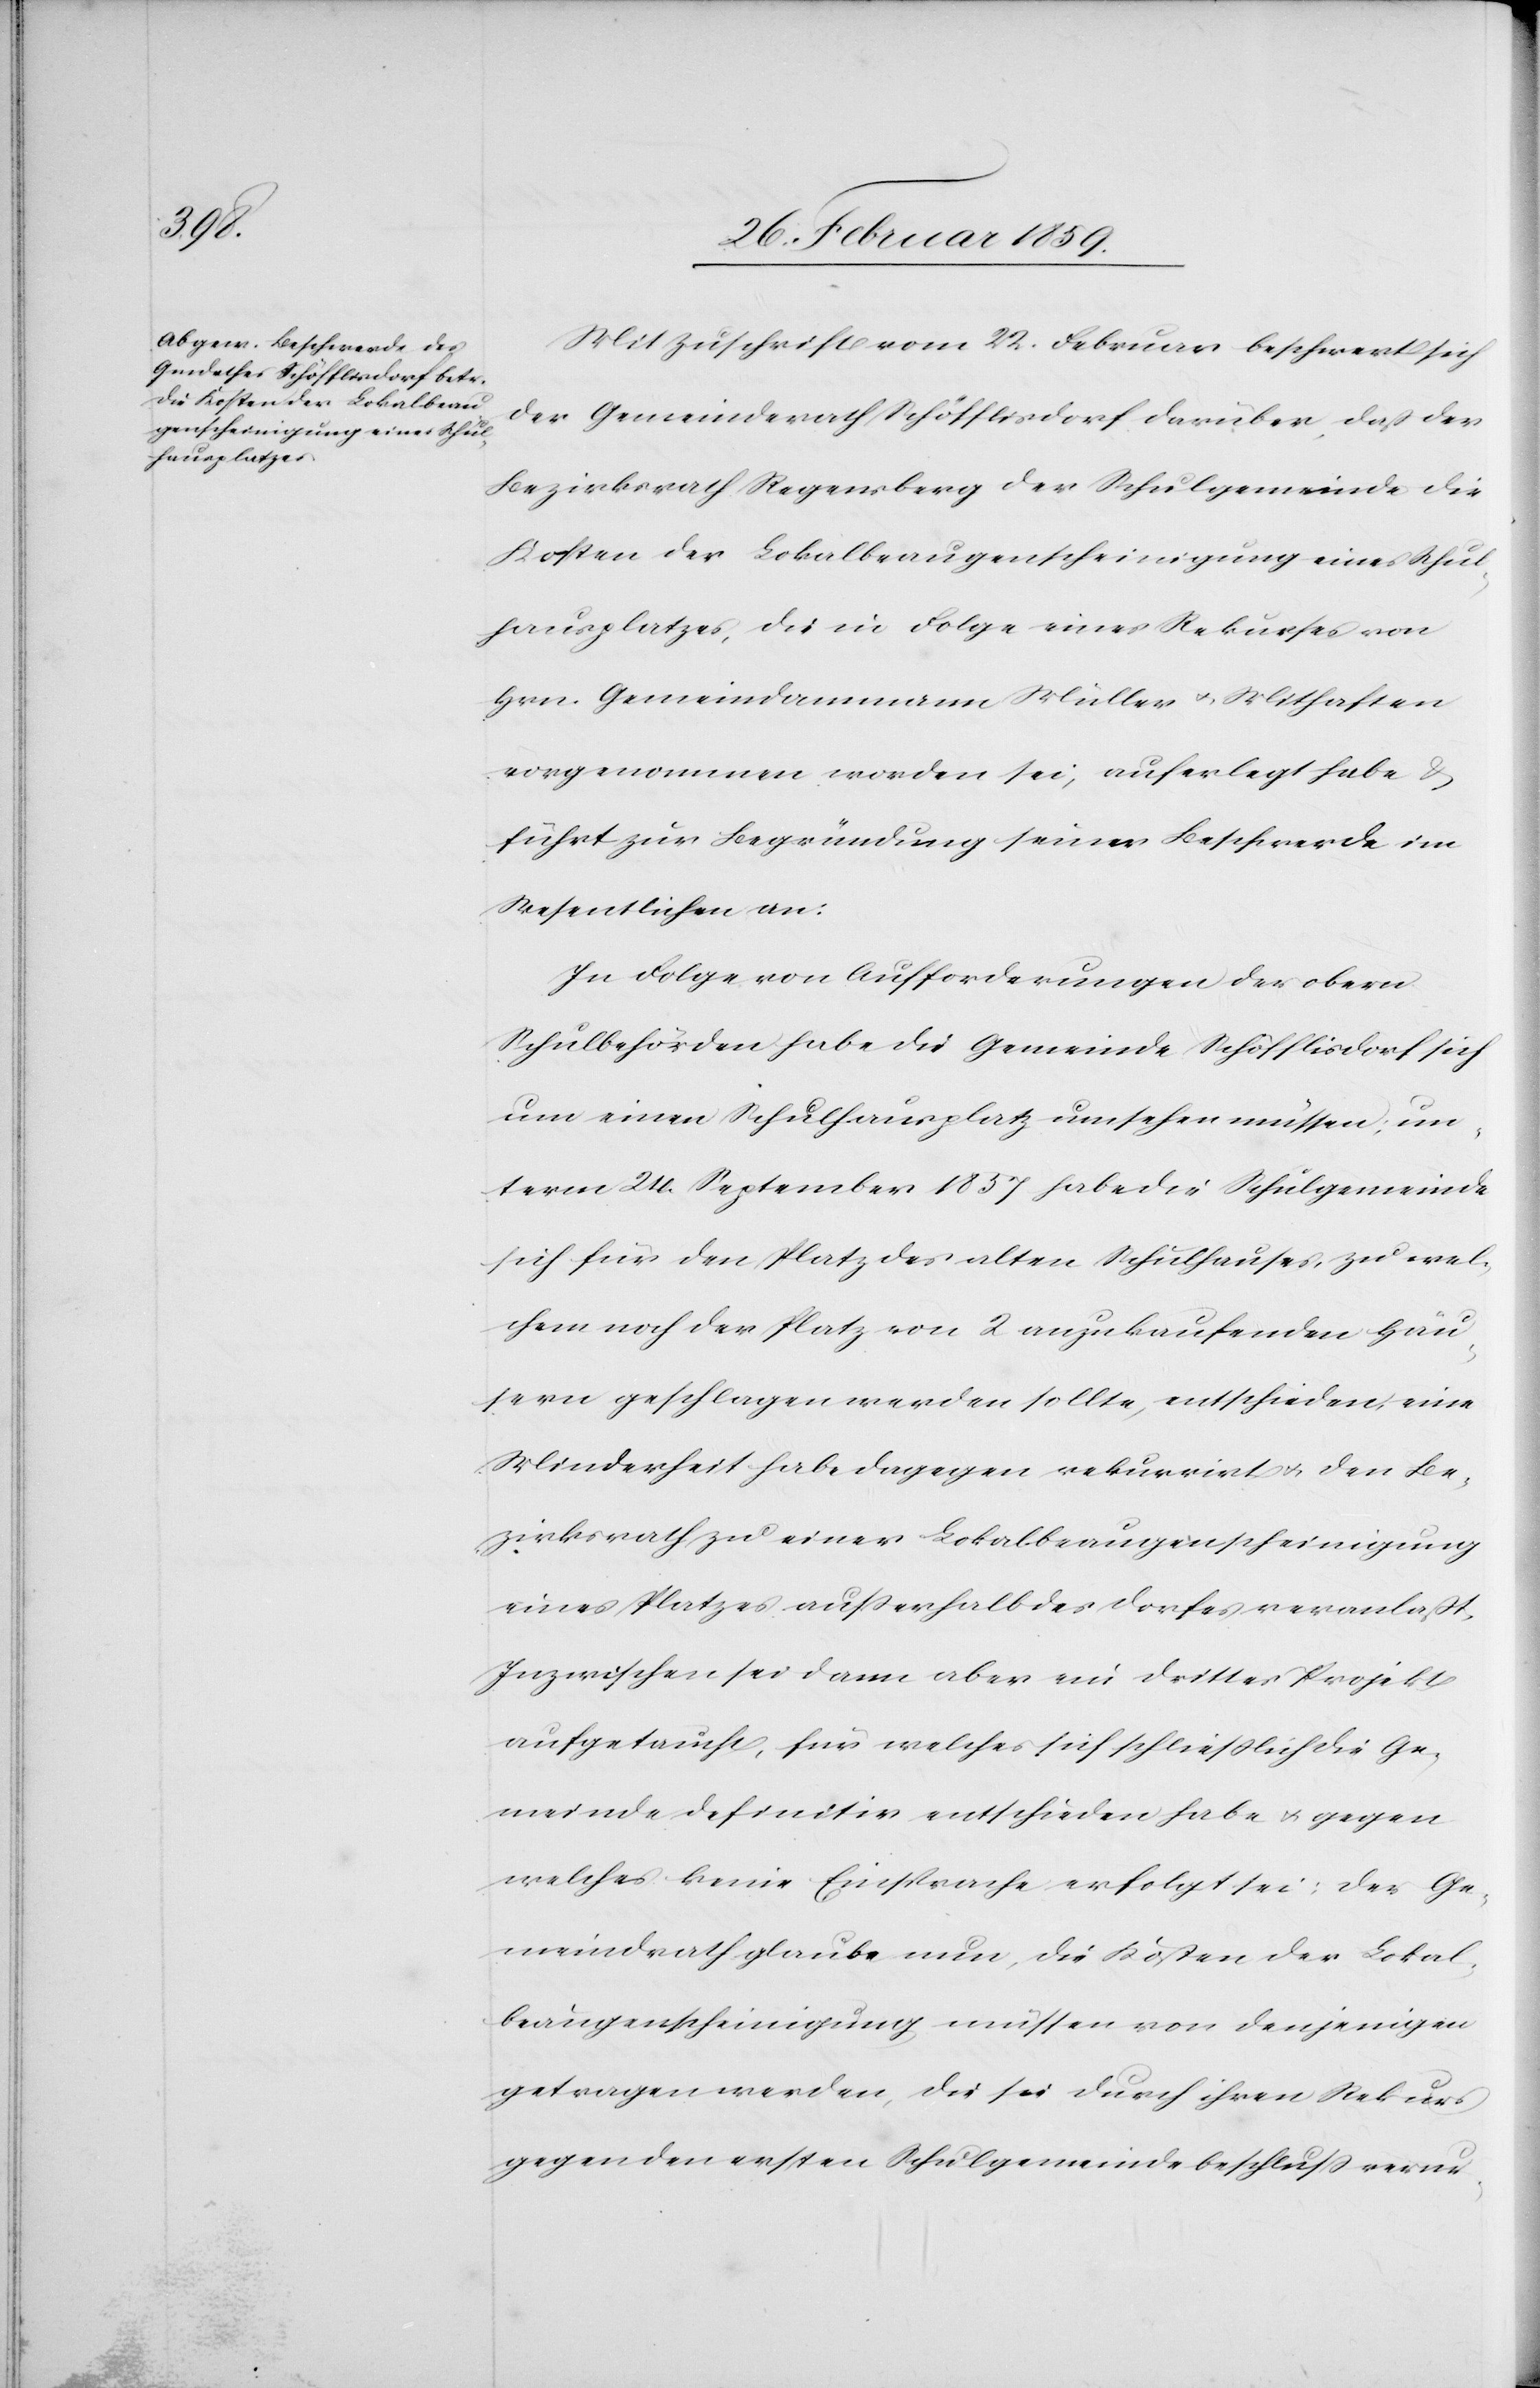
Mit Zuschrift vom 22. Februar beschwert sich
der Gemeindrath Schöfflisdorf darüber, daß der
Bezirksrath Regensberg der Schulgemeinde die
Kosten der Lokalbeaugenscheinigung eines Schul¬
hausplatzes, die in Folge eines Rekurses von
Hrn. Gemeindeammann Müller u. Mithaften
vorgenommen worden sei, auferlegt habe &
führt zur Begründung seiner Beschwerde im
Wesentlichen an:
In Folge von Aufforderungen der obern
Schulbehörden habe die Gemeinde Schöfflisdorf sich
um einen Schulhausplatz umsehen müssen; un¬
term 24. September 1857 habe die Schulgemeinde
sich für den Platz des alten Schulhauses, zu wel¬
chem noch der Platz von 2 anzukaufenden Häu¬
sern geschlagen werden sollte, entschieden, eine
Minderheit habe dagegen rekurrirt u. den Be¬
zirksrath zu einer Lokalbeaugenscheinigung
eines Platzes außerhalb des Dorfes veranlaßt.
Inzwischen sei dann aber ein drittes Projekt
aufgetaucht, für welches sich schließlich die Ge¬
meinde definitiv entschieden habe u. gegen
welches keine Einsprache erfolgt sei; der Ge¬
meindrath glaube nun, die Kosten der Lokal¬
beaugenscheinigung müssen von denjenigen
getragen werden, die sie durch ihnen Rekurs
gegen den ersten Schulgemeindebeschluß verur-